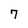
Character: 7